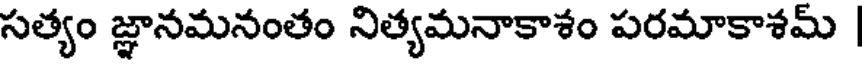
సత్యం జ్ఞానమనంతం నిత్యమనాకాశం పరమాకాశమ్ |